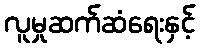
လူမှုဆက်ဆံရေးနှင့်